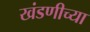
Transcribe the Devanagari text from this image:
खंडणीच्या